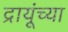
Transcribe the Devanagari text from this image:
द्रायूंच्या